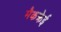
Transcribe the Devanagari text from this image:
मैकक्रेई